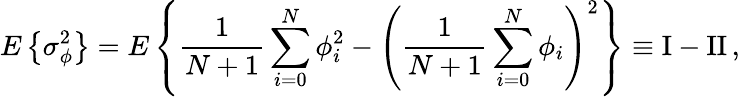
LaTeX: E\left\{ \sigma_{\phi}^{2}\right\} =E\left\{ {\frac{1}{N+1}}\sum_{i=0}^{N}\phi_{i}^{2}-\left({\frac{1}{N+1}}\sum_{i=0}^{N}\phi_{i}\right)^{2}\right\} \equiv\mathrm{I}-\mathrm{II}\, ,